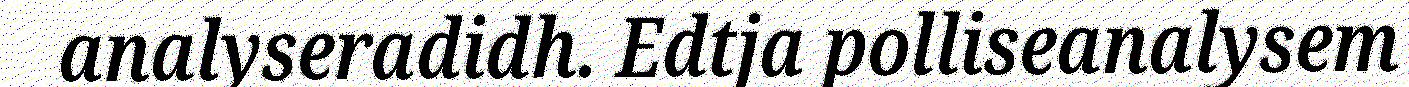
analyseradidh. Edtja polliseanalysem